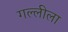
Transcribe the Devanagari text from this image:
गल्लीला